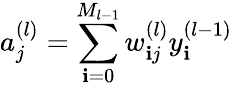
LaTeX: a_{j}^{(l)}=\sum_{\mathbf{i}=0}^{M_{l-1}}w_{\mathbf{i}j}^{(l)}y_{\mathbf{i}}^{(l-1)}